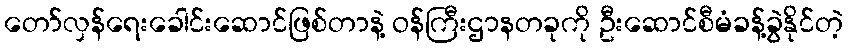
တော်လှန်ရေးခေါင်းဆောင်ဖြစ်တာနဲ့ ဝန်ကြီးဌာနတခုကို ဦးဆောင်စီမံခန့်ခွဲနိုင်တဲ့